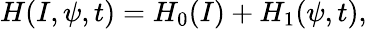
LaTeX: H(I,\psi,t)=H_{0}(I)+H_{1}(\psi,t),